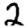
Digit: 2